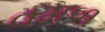
વમળ